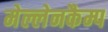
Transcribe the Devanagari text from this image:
मेल्लेनकैम्प